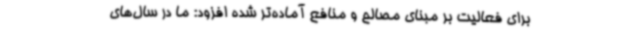
برای فعالیت بر مبنای مصالح و منافع آماده‌تر شده افزود: ما در سال‌های